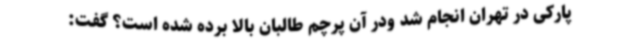
پارکی در تهران انجام شد ودر آن پرچم طالبان بالا برده شده است؟ گفت: